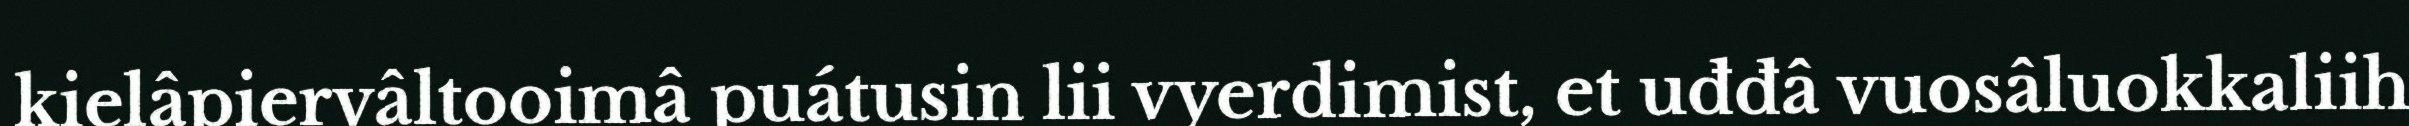
kielâpiervâltooimâ puátusin lii vyerdimist, et uđđâ vuosâluokkaliih